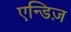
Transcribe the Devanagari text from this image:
एन्डिज़